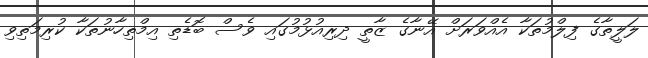
ލަލީތާގެ ފިލްމުތަކާ އެއްވަރަށް އޭނާގެ ޒާތީ ދިރިއުޅުމުގައި ވެސް ބޮޑެތި އިމްތިހާނުތަކާ ކުރިމަތިވި